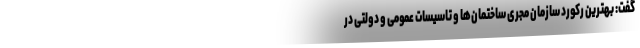
گفت: بهترین رکورد سازمان مجری ساختمان‌ها و تاسیسات عمومی و دولتی در